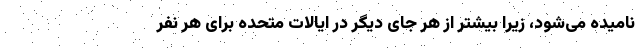
نامیده می‌شود، زیرا بیشتر از هر جای دیگر در ایالات متحده برای هر نفر